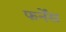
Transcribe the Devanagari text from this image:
फर्नेंस